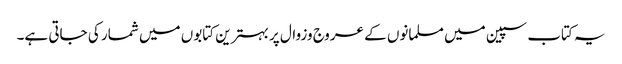
یہ کتاب سپین میں مسلمانوں کے عروج وزوال پر بہترین کتابوں میں شمار کی جاتی ہے۔